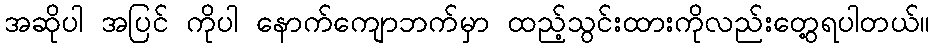
အဆိုပါ အပြင် ကိုပါ နောက်ကျောဘက်မှာ ထည့်သွင်းထားကိုလည်းတွေ့ရပါတယ်။